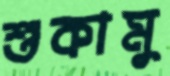
শুকামু